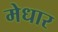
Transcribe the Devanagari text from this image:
मेधार